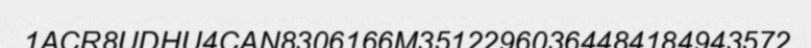
1ACR8UDHU4CAN8306166M35122960364484184943572